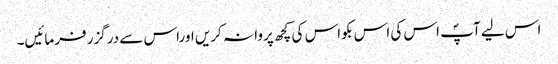
اس لیے آپؐ اس کی اس بکواس کی کچھ پروا نہ کریں اوراس سے درگزر فرمائیں۔